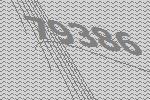
79386